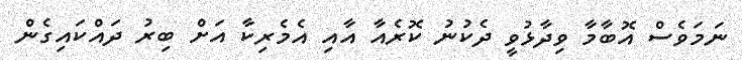
ނަމަވެސް އޮބާމާ ވިދާޅުވީ ދެކުނު ކޮރެއާ އާއި އެމެރިކާ އަށް ބިރު ދައްކައިގެން